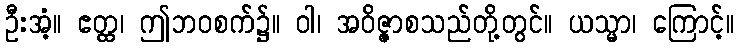
ဦးအံ့။ ဧတ္ထ၊ ဤဘဝစက်၌။ ဝါ၊ အဝိဇ္ဇာစသည်တို့တွင်။ ယသ္မာ၊ ကြောင့်။